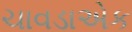
ચાવડાએક